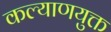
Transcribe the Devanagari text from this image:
कल्याणयुक्त